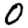
Digit: 0